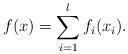
LaTeX: \begin{align*} f (x) = \sum _{i=1}^{l} f_{i} (x_{i}).\end{align*}